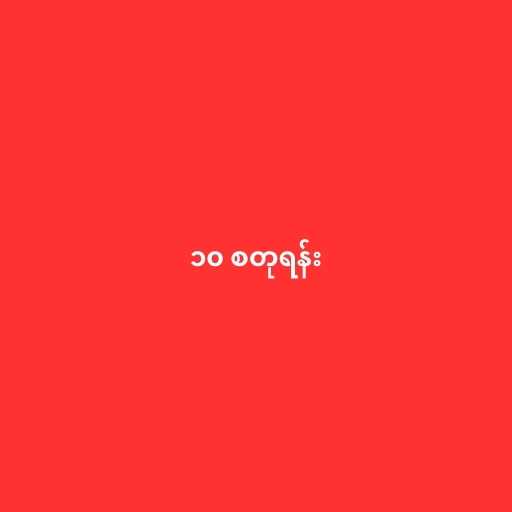
၁၀ စတုရန်း